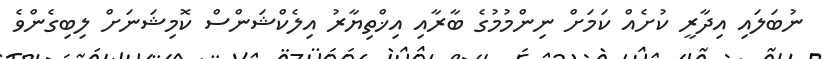
ނުބަލައި އިދާރީ ކުށެއް ކަމަށް ނިންމުމުގެ ބާރާއި އިޚްތިޔާރު އިލެކްޝަންސް ކޮމިޝަނަށް ލިބިގެންވެ